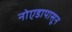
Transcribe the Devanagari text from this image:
नोएडापासून